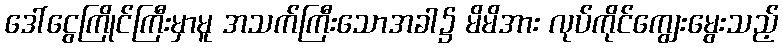
ဒေါ်ငွေကြိုင်ကြီးမှာမူ အသက်ကြီးသောအခါ၌ မိမိအား လုပ်ကိုင်ကျွေးမွေးသည့်